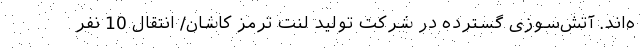
ه‌‌اند. آتش‌سوزی گسترده در شرکت تولید لنت ترمز کاشان/ انتقال 10 نفر